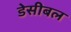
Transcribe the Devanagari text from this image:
डेसीबल